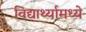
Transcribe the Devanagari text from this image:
विद्यार्थ्यामध्ये